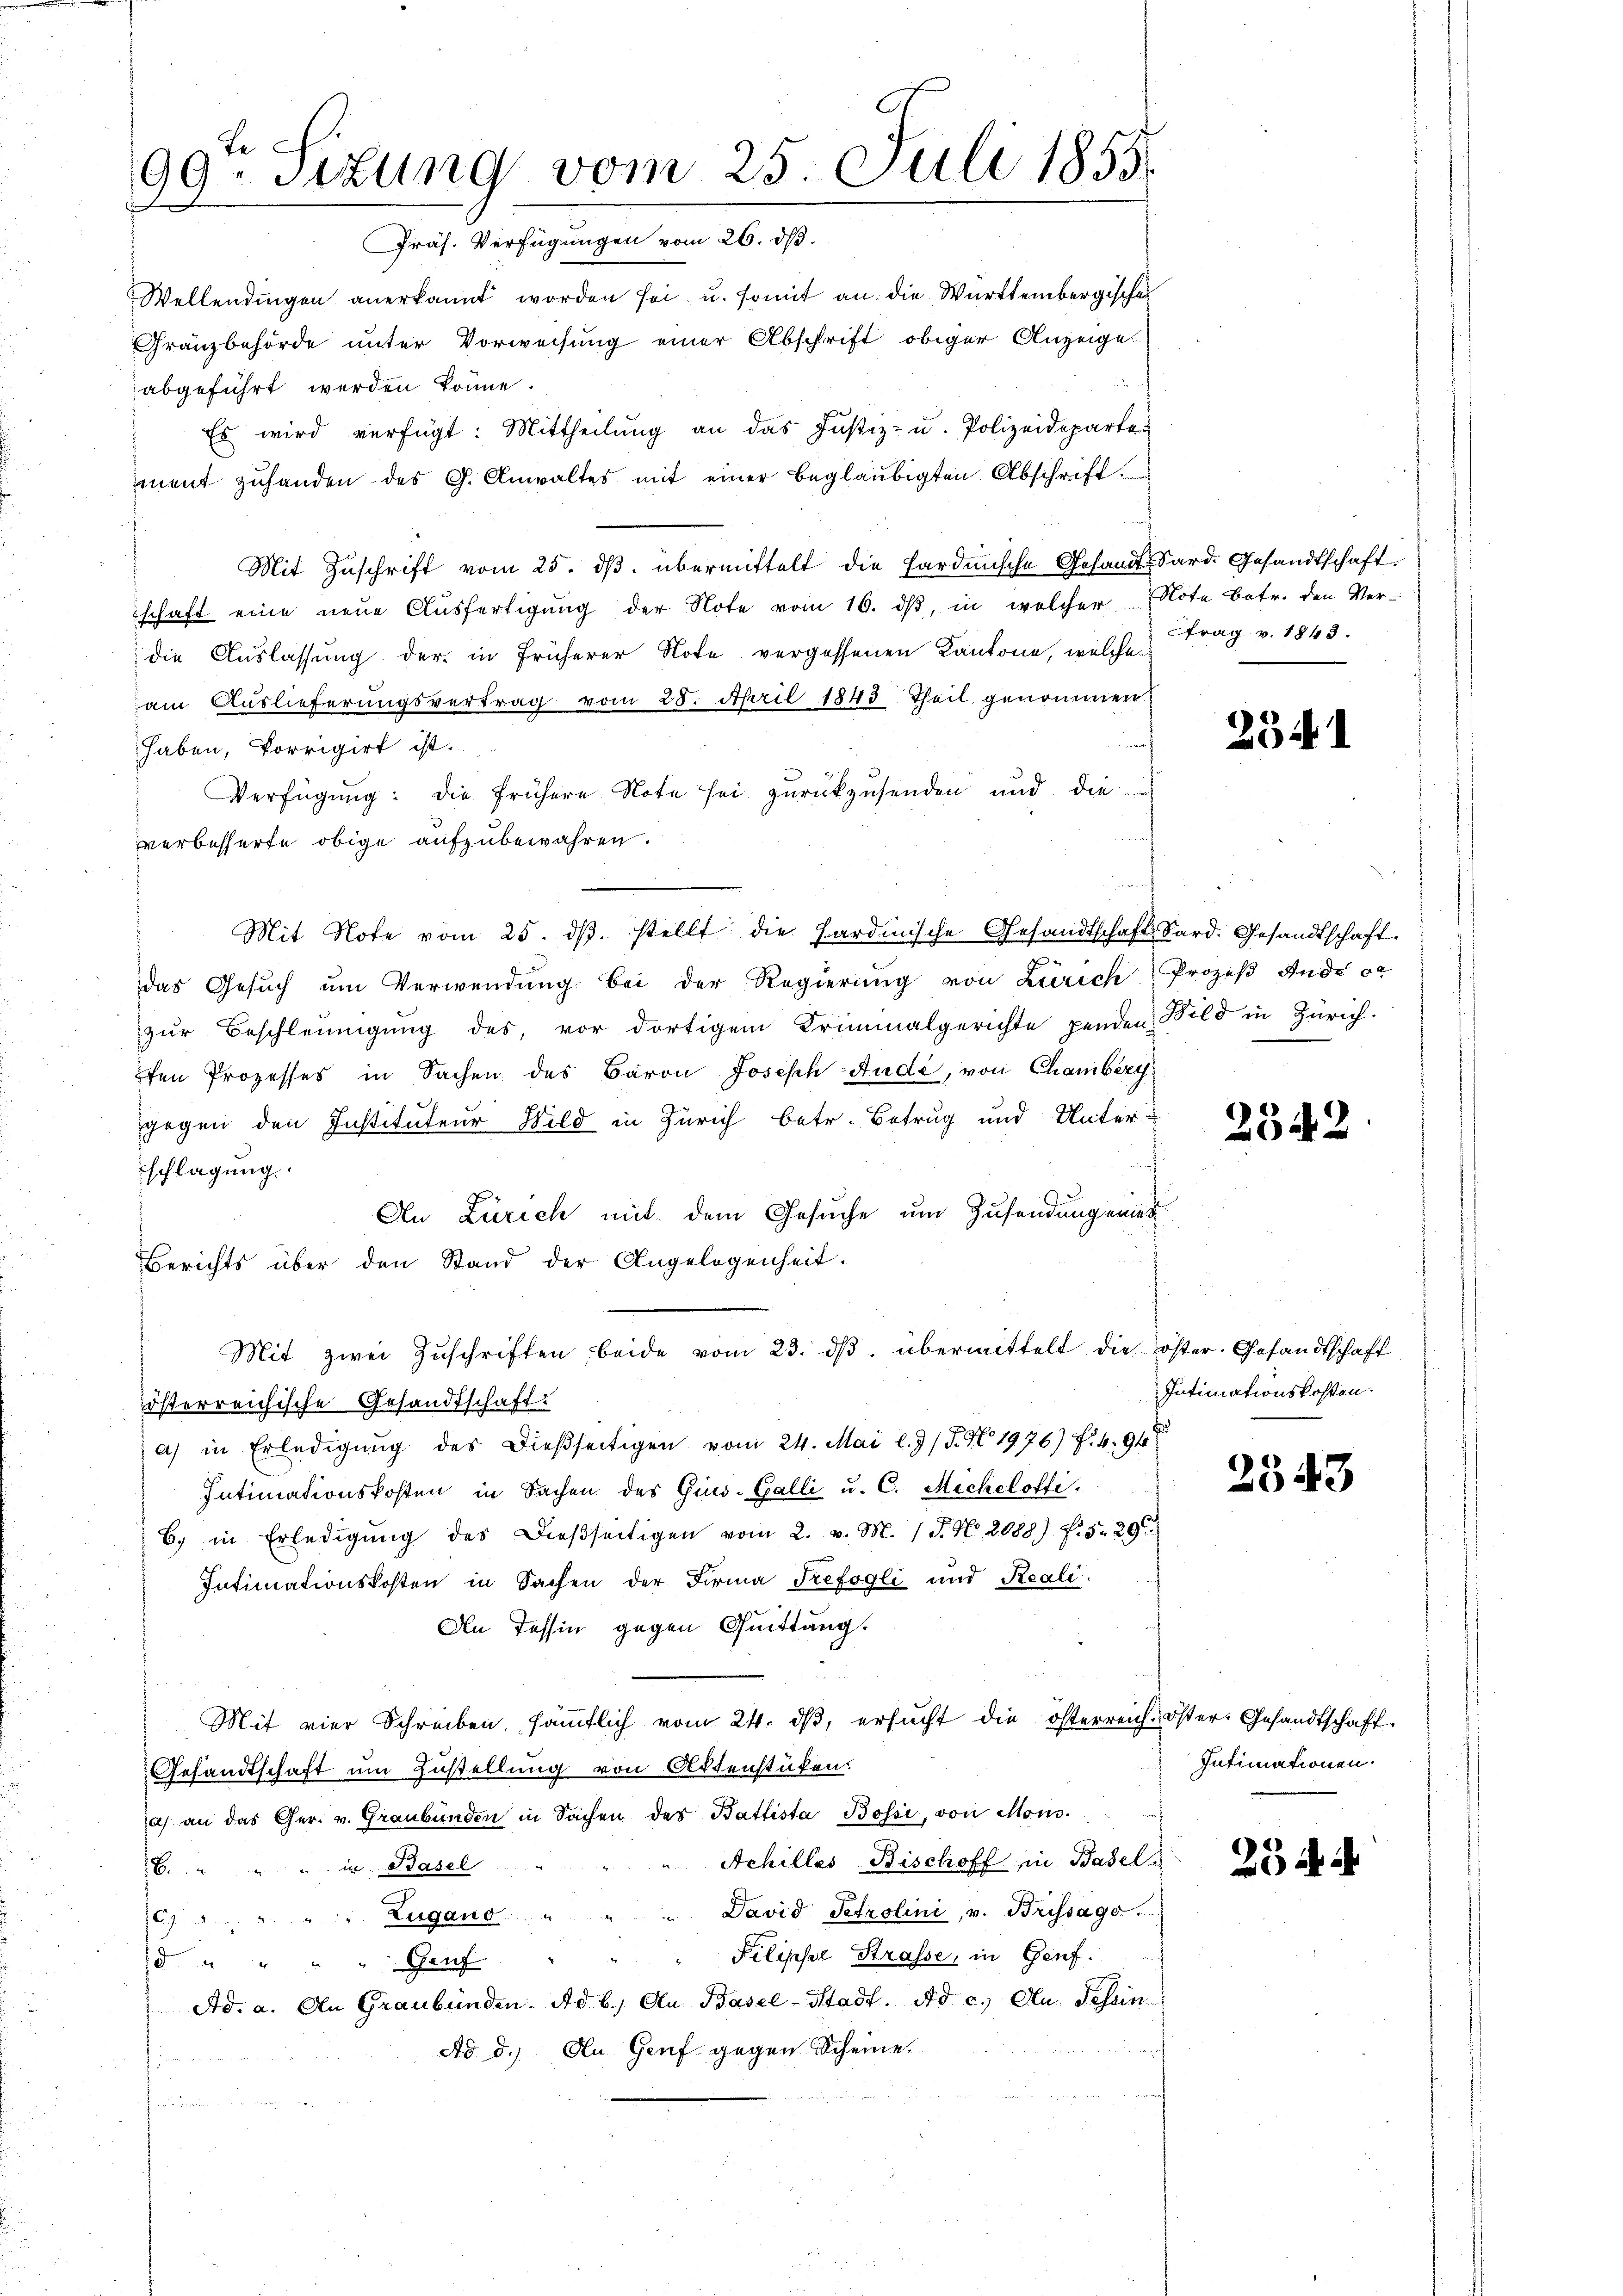
99. Sizung vom 25. Juli 1855.
d
räs. Verfügungen vom 26. ds.

Wellendingen anerkannt worden sei u. somit an die Württembergische
Gränzbehörde unter Vorweisung einer Abschrift obiger Anzeige
abgeführt werden könne.
Es wird verfügt: Mittheilŭng an das Justiz- u. Polizeideparte
ment zŭhanden des G. Anwaltes mit einer beglaubigten Abschrift.
Mit Zuschrift vom 25. dβ übermittelt die Pardische Gesandt Sard. Gesandtschaft.
schaft eine neue Ausfertigung der Note vom 16. dβ, in welcher Note betr. den Ver-
die Auslassung der in früherer Note vergessenen Kantone, welche
am Auslieferungsvertrag vom 28. April 1843 Theil genommen
haben, Porrigirt ist.
Verfügung: die frühere Note sei zurückzusenden und die
verbesserte obige aufzubewahren.
Mit Note vom 25. dβ. stellt die Sardinische Gesandtschaft Sard. Gesandtschaft.
das Gesuch um Verwendung bei der Regierung von Zürich Prozeß Ande ce
zur Beschleunigung des, vor dortigem Kriminalgerichte penden Bild in Zürich.
en Prozesses in Sachen des Baron Joseph Ande, von Chamberg
gegen den Instituteur Wild in Zürich betr. Betrug und Unter-
schlagung.
An Zürich mit dem Gesuche um Zusendung eines
Berichts über den Stand der Angelegenheit.
Mit zwei Zŭschriften, beide vom 23. dβ übermittelt die Koster. Gesandtschaft
österreichische Gesandtschaft.
a) in Erledigŭng des dießseitigen vom 24. Mai l. J. P. N 1976) f. 4. 94
Intimationskosten in Sachen des Gius-Galli u. C. Micheloffi
b. in Erledigŭng des Dießseitigen vom 2. v. M. 1 P. Nr. 2088) f. 529
Intimationskosten in Sachen der Firma Trefogli und Reali.
An Tessin gegen Quittung.
Mit vier Schreiben, säṁtlich vom 24. dβ, ersŭcht die österreich öster Gesandtschaft
Gesandtschaft um Zustellung von Aktenstüken.
a) an das Ger. v. Graubünden in Sachen des Battista Bossi, von Mons.
Achilles Bischoff in Basels
6. " " " in Basel
David Petrolini, v. Brissago.
Zugano
e
Pilipser Strasse, in Genf.
8 " " " " Genf
Ad. a. An Graubünden. Ad b.) An Basel-Stadt. Ad c.) An Schein
Ad d.) An Genf gegen Scheine.
u

Ttrag v. 1843.

2341

s

2542

Intimationskosten.

2543

Intimationen.

25 di